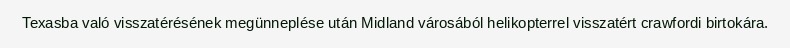
Texasba való visszatérésének megünneplése után Midland városából helikopterrel visszatért crawfordi birtokára.